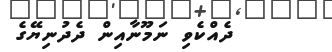
ދެއްކެވި ނަމޫނާއިން ދެދުނިޔޭގެ